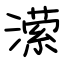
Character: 潆